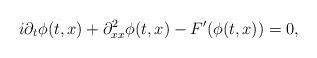
LaTeX: \begin{align*}i\partial_t \phi(t,x) + \partial_{xx}^2\phi(t,x) - F'(\phi(t,x)) = 0,\end{align*}